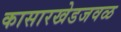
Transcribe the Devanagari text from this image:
कासारखेडजवळ